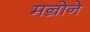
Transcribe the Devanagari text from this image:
मन्रोने